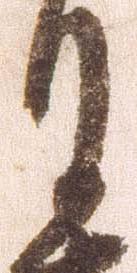
月